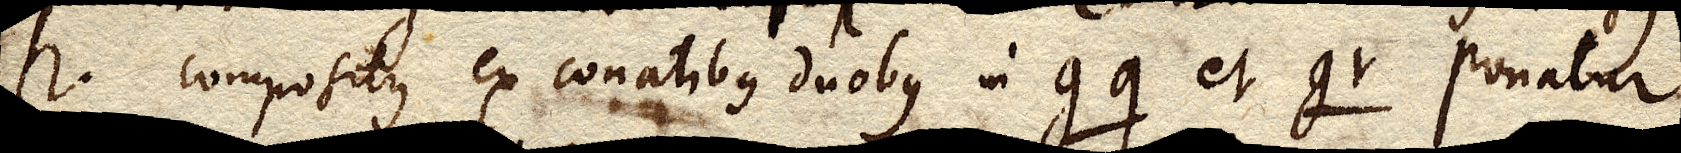
h. compositus ex conatibus duobus in gq et gr Ponatur